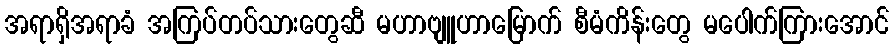
အရာရှိအရာခံ အကြပ်တပ်သားတွေဆီ မဟာဗျူဟာမြောက် စီမံကိန်းတွေ မပေါက်ကြားအောင်